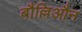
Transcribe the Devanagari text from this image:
बौल्लिऔन